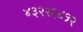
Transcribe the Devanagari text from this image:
४३२२६८१२